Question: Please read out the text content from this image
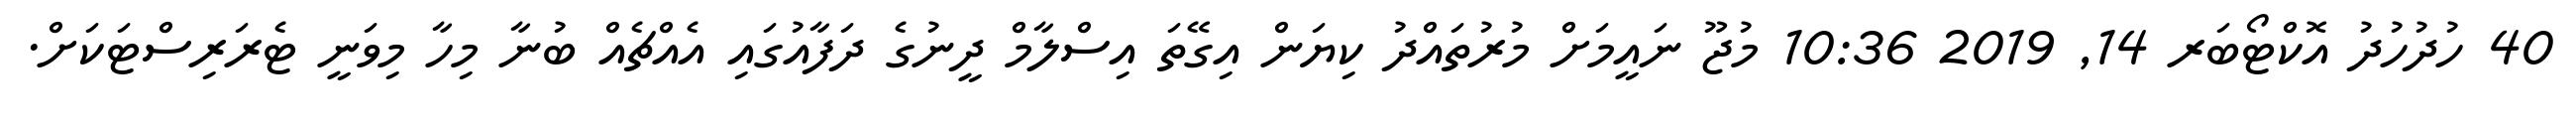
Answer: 40 ހުދުހުދު އޮކްޓޯބަރ 14, 2019 10:36 މުޖޫ ނައީމަށް މުރުތައްދު ކިޔަން އިގޭތަ އިސްލާމް ދީނުގެ ދަފާއުގައި އެއްޗެއް ބުނާ މިހާ މިވަނީ ޓެރަރިސްޓަކަށް.